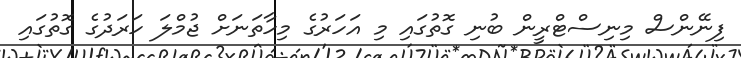
ފިނޭންސް މިނިސްޓްރީން ބުނި ގޮތުގައި މި އަހަރުގެ މިހާތަނަށް ޖުމްލަ ހަރަދުގެ ގޮތުގައި